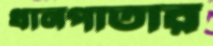
ধানপাতার